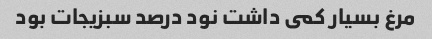
مرغ بسیار کمى داشت نود درصد سبزیجات بود